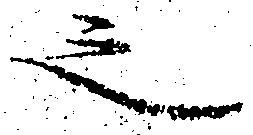
之